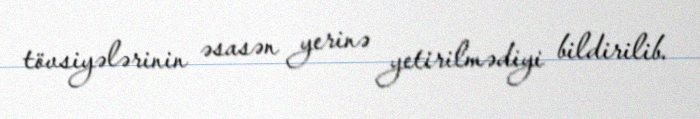
tövsiyələrinin əsasən yerinə yetirilmədiyi bildirilib.